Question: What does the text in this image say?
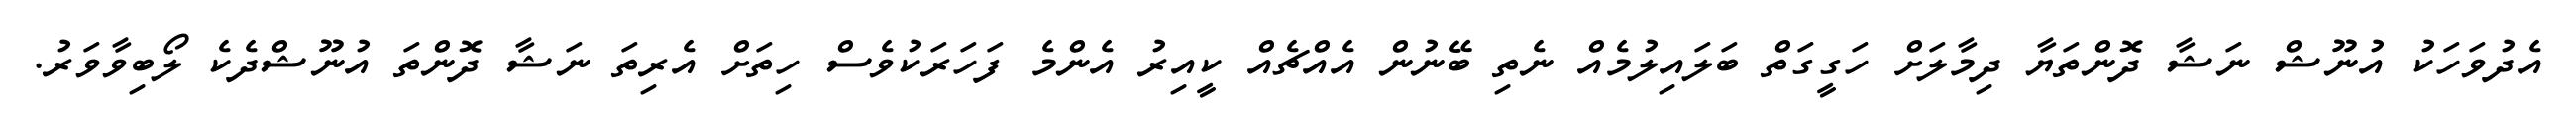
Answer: އެދުވަހަކު އުނޫޝް ނަޝާ ދޮންތަޔާ ދިމާލަށް ހަގީގަތް ބަލައިލުމެއް ނެތި ބޭނުން އެއްޗެއް ކީއިރު އެންމެ ފަހަރަކުވެސް ހިތަށް އެރިތަ ނަޝާ ދޮންތަ އުނޫޝްދެކެ ލޯބިވާވަރު.